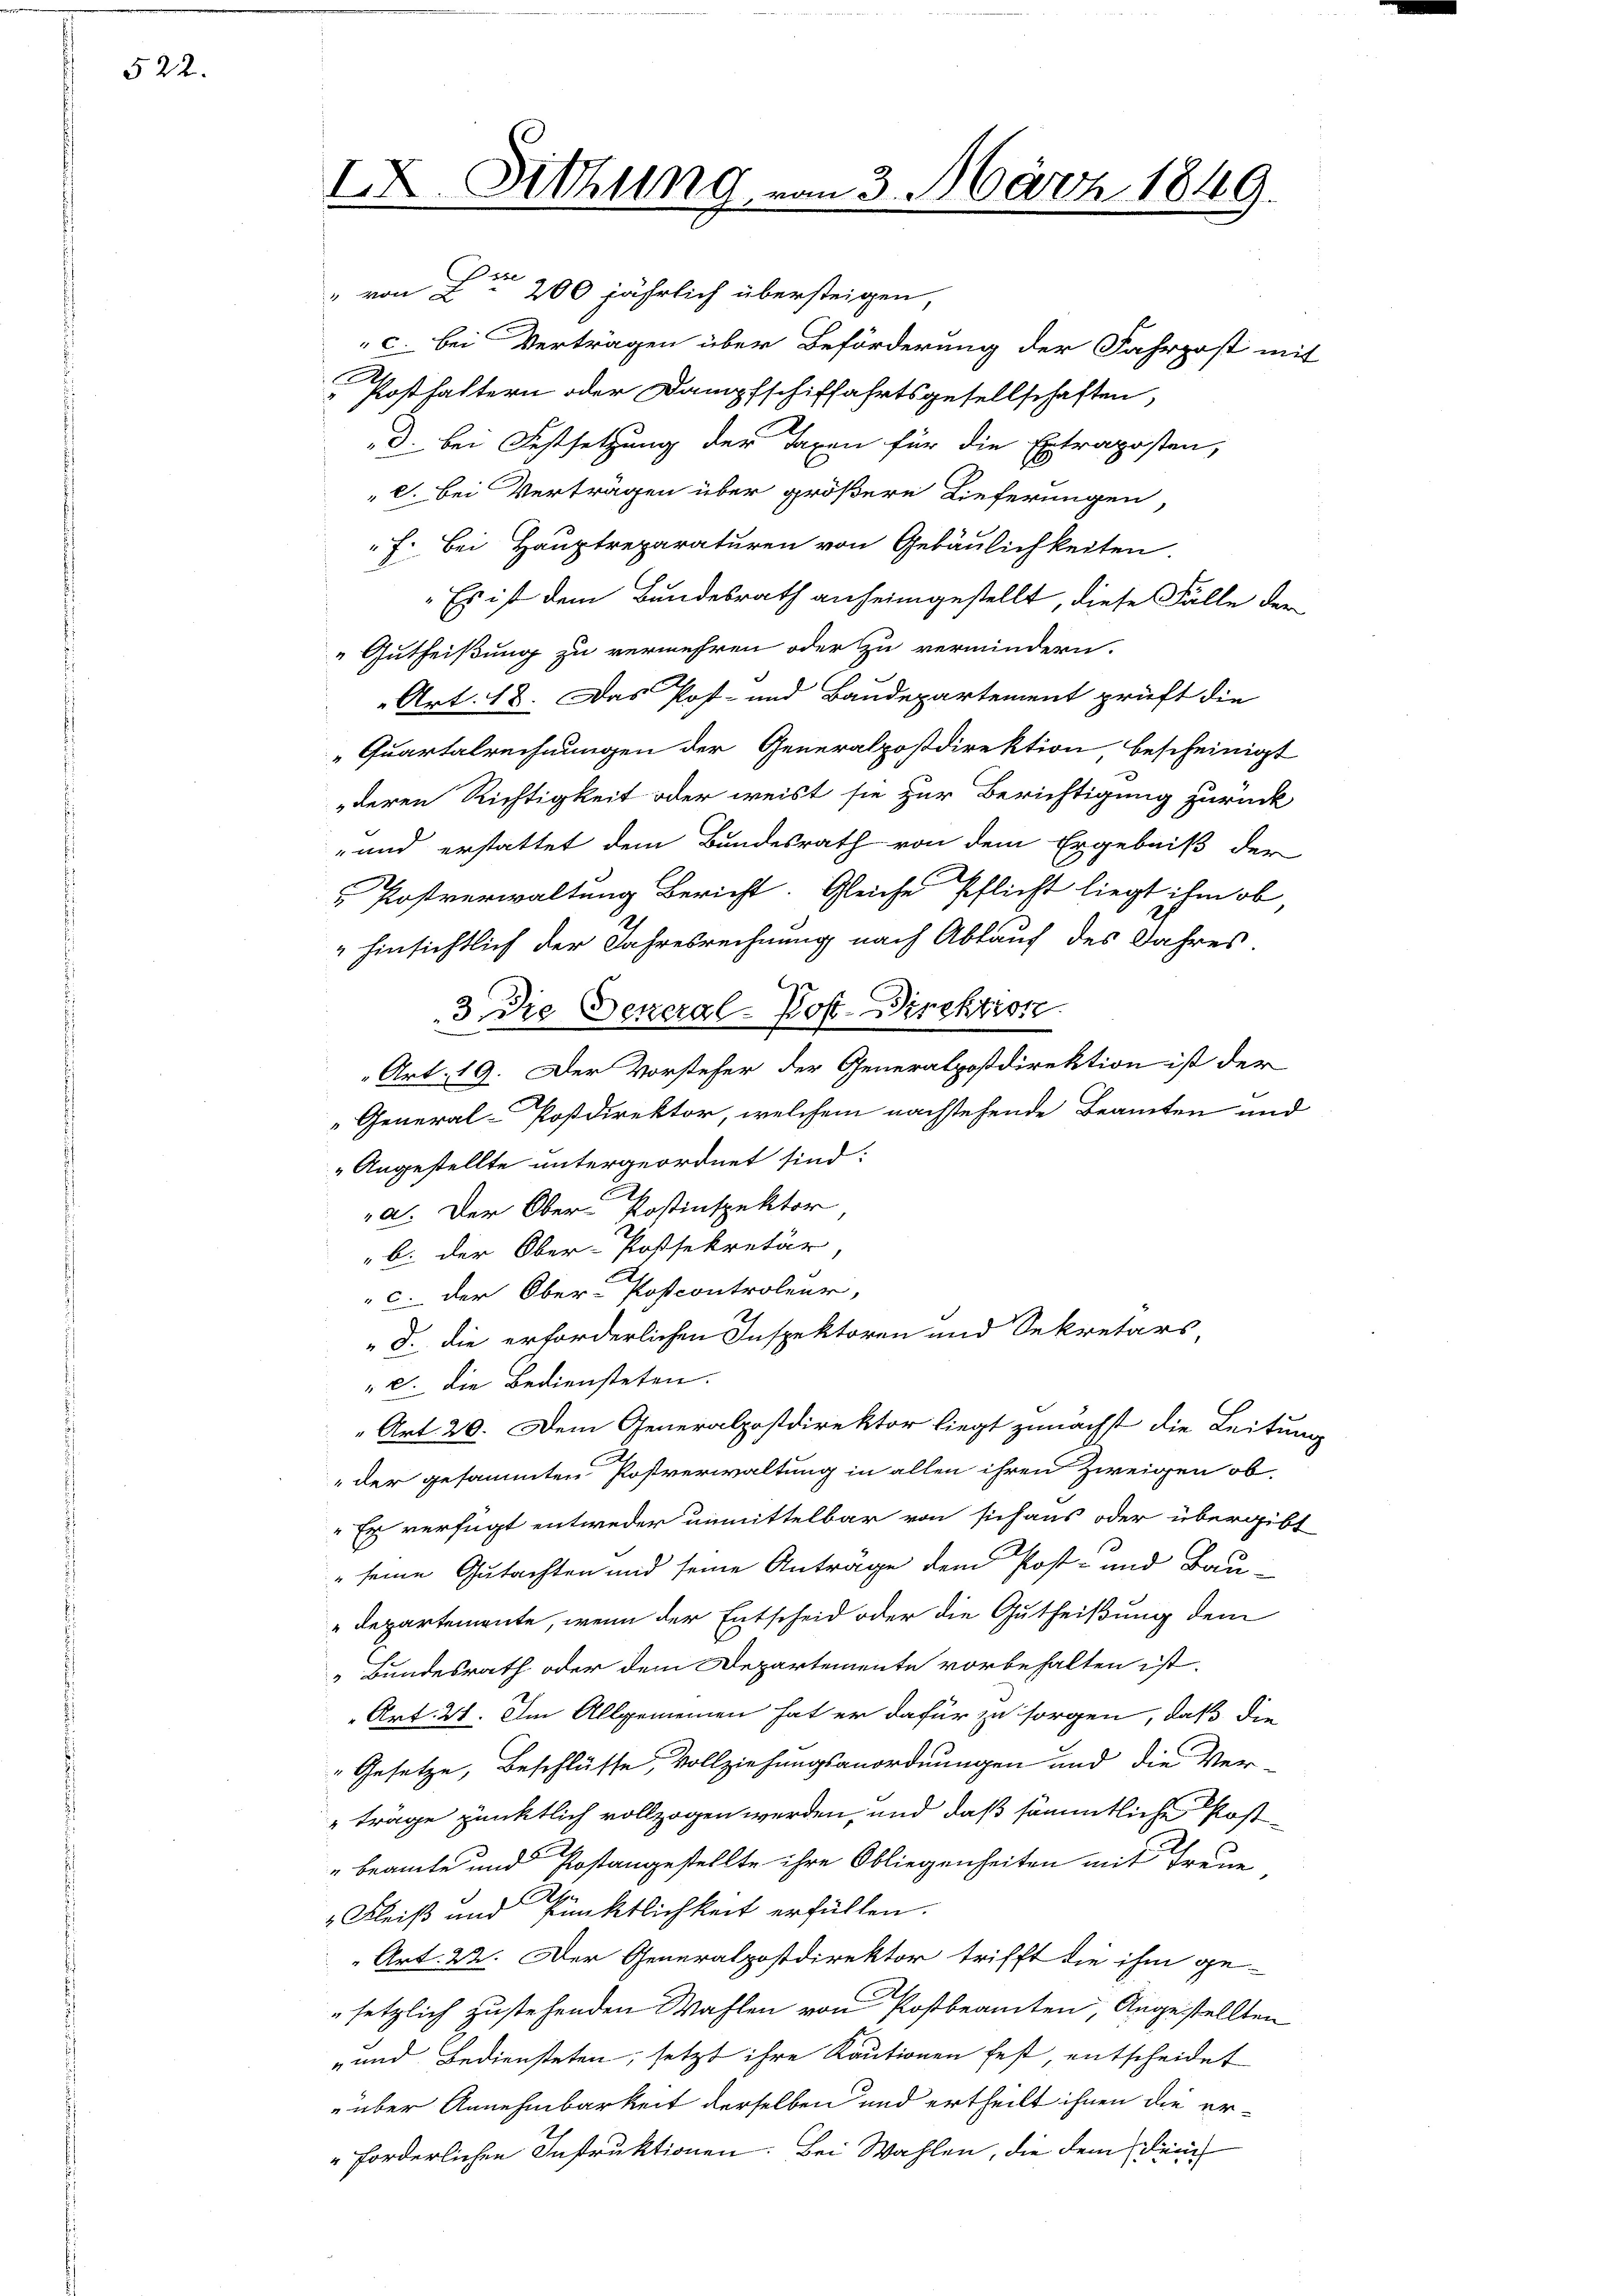
522.

IX. Sitzung.

" von L 200 jährlich übersteigen,

3. März 1849.

c. bei Verträgen über Beförderung der Fahrpost mit
Posthaltern oder Dampfschiffahrtsgesellschaften,
d. bei Festsetzung der Taxen für die Extraposten,
"C. bei Verträgen über größere Lieferungen,
f. bei Hauptreparaturen von Gebäulichkeiten.
"Es ist dem Bundesrath anheimgestellt, diese Fälle der
Gutheißung zu vermehren oder zu vermindern.
Art. 18. Das Post- und Baudepartement prüft die
Quartalrechnungen der Generalpostdirektion, bescheinigt
deren Richtigkeit oder weist sie zur Berichtigung zurück
-und erstattet dem Bundesrath von dem Ergebniß der
Postverwaltung Bericht. Gleiche Pflicht liegt ihm ob,
" hinsichtlich der Jahresrechnung nach Ablauf des Jahres.
3 die General-PostDirektion
Art: 19. Der Vorsteher der Generalpostdirektion ist der
"General-Postdirektor, welchem nachstehende Beamten und
Angestellte untergeordnet sind:
a. Der Ober-Postinspektor
" b. der Ober-Postsekretär,
c. der Ober-Postcontroleur,
d. die erforderlichen Inspektoren und Sekretärs
". Die Bediensteten.
„Art. 20. Dem Generalpostdirektor liegt zunächst die Leitung
"der gesammten Postverwaltung in allen ihren Zweigen ob
"Er verfügt entweder unmittelbar von sich aus oder übergibt
" seine Gutachten und seine Antrage dem Post- und Bau-
Departemente, wenn der Entscheid oder die Gutheißung dem
Bundesrath oder dem Departemente vorbehalten ist.
Art. 21. Im Allgemeinen hat er dafür zu sorgen, daß die
"Gesetze, Beschlüsse, Vollziehungsanordnungen und die Ver-
" träge pünktlich vollzogen werden, und daß sämmtliche Post-
"beamte und Postangestellte ihre Obliegenheiten mit Treue
Fleiß und Pünktlichkeit erfüllen.
Art. 22. Der Generalpostdirektor trifft die ihm ge-
setzlich zustehenden Wahlen von Postbeamten, Angestellten
-und Bediensteten, setzt ihre Kautionen fest, entscheidet
über Annehmbarkeit derselben und ertheilt ihnen die er¬
"forderlichen Instruktionen. Bei Wahlen, die dem Dein